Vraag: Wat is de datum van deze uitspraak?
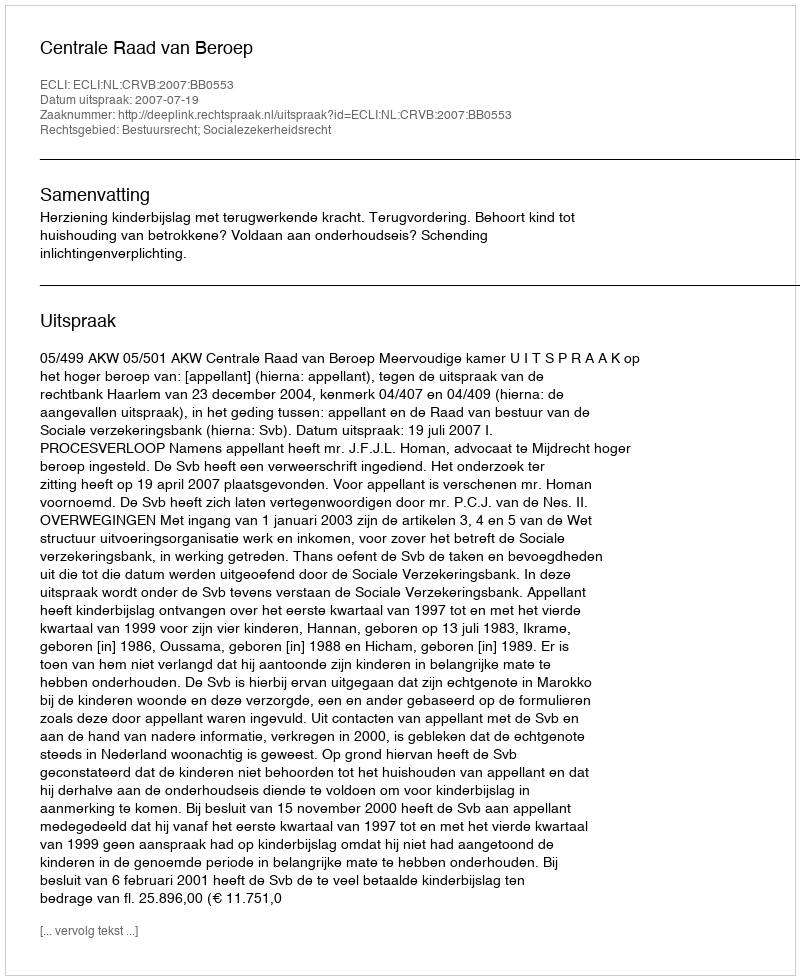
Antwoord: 2007-07-19